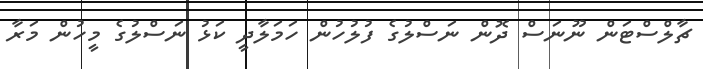
ޗާލްސްޓަން ނޫނަސް ދޮން ނަސްލުގެ ފުލުހުން ހަަމަލާދީ ކަޅު ނަސްލުގެ މީހުން މަރާ